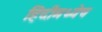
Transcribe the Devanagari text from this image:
हिंदीमध्येच